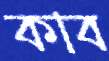
কাব